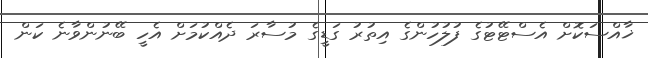
ޚާއްސަކޮށް އެސްޓޭޓުގެ ފުލުހުންގެ އިތުރު ގަޑީގެ މުސާރަ ދެއްކުމަށް އެހީ ބޭނުންވާނެ ކަން